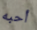
أحبه